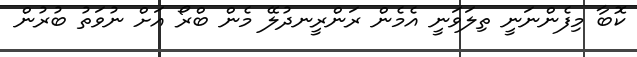
ކޮބާ މިފެންނަނީ ތިލަވަނީ އެމެން ރަންރީނދުލޭ މެން ބްރޯ އަށް ނުވަތު ބުރުން